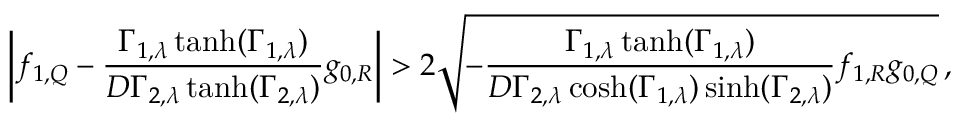
\bigg | f _ { 1 , Q } - \frac { \Gamma _ { 1 , \lambda } \operatorname { t a n h } ( \Gamma _ { 1 , \lambda } ) } { D \Gamma _ { 2 , \lambda } \operatorname { t a n h } ( \Gamma _ { 2 , \lambda } ) } g _ { 0 , R } \bigg | > 2 \sqrt { - \frac { \Gamma _ { 1 , \lambda } \operatorname { t a n h } ( \Gamma _ { 1 , \lambda } ) } { D \Gamma _ { 2 , \lambda } \cosh ( \Gamma _ { 1 , \lambda } ) \sinh ( \Gamma _ { 2 , \lambda } ) } f _ { 1 , R } g _ { 0 , Q } } \, ,